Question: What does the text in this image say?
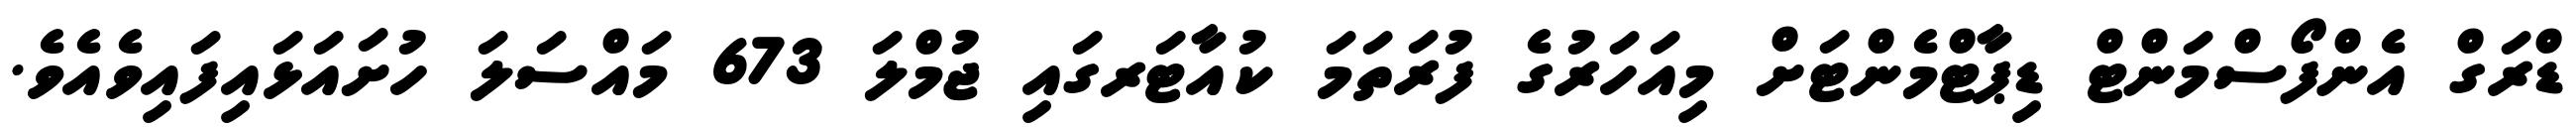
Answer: ޑްރަގް އެންފޯސްމަންޓް ޑިޕާޓްމެންޓަށް މިއަހަރުގެ ފުރަތަމަ ކުއާޓަރގައި ޖުމްލަ 673 މައްސަލަ ހުށައަޅައިފައިވެއެވެ.